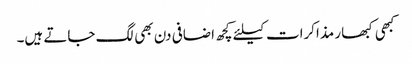
کبھی کبھار مذاکرات کیلئے کچھ اضافی دن بھی لگ جاتے ہیں۔